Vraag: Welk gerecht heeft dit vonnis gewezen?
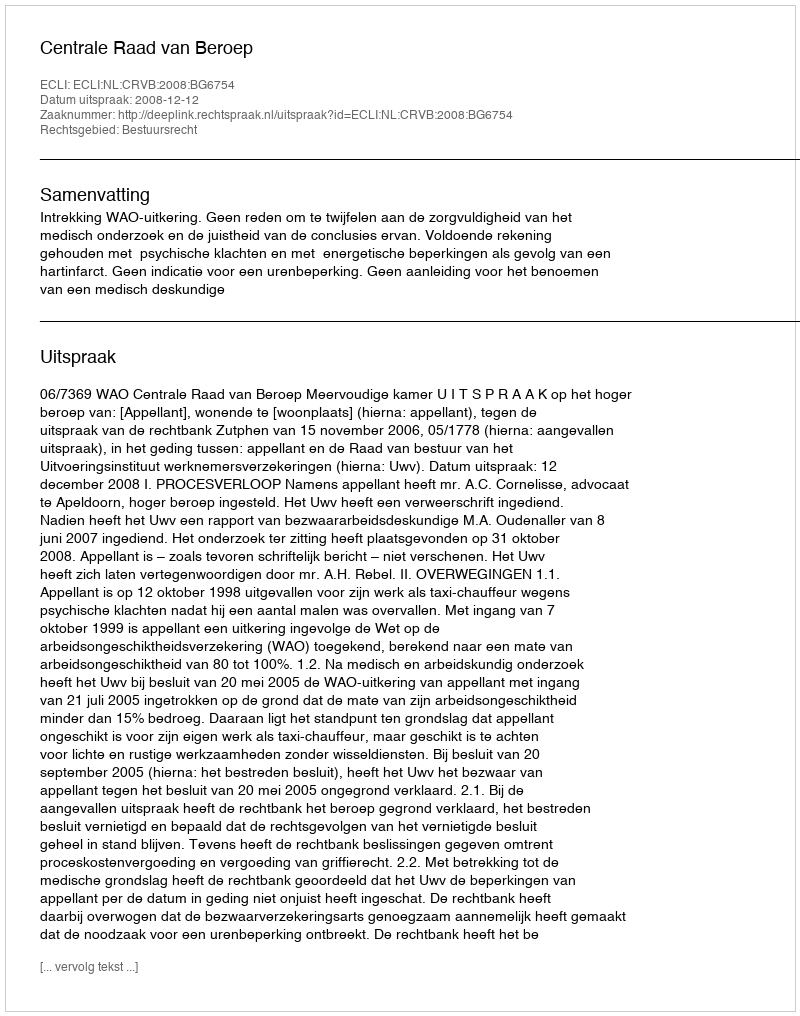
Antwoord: Centrale Raad van Beroep